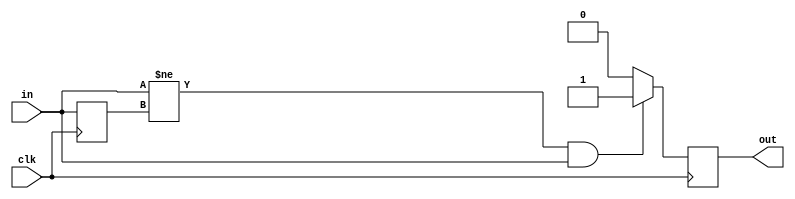

module RisingEdgeTrig(input clk, output reg out, input in);

   reg             prev_in = 1;

   always @(posedge clk) begin
      if(in != prev_in && in == 1) begin
         // input rising edge
         out <= 1;
      end
      else begin
         out <= 0;
      end

      prev_in <= in;
   end

endmodule

module FallingEdgeTrig(input clk, output reg out, input in);

   reg             prev_in = 1;

   always @(posedge clk) begin
      if(in != prev_in && in == 0) begin
         // input falling edge
         out <= 1;
      end
      else begin
         out <= 0;
      end

      prev_in <= in;
   end

endmodule